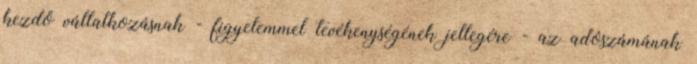
kezdő vállalkozásnak - figyelemmel tevékenységének jellegére - az adószámának